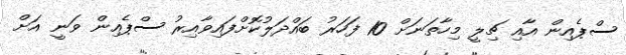
ސްޕެއިން އާއި ޗިލީ މިހާތަނަށް 10 ފަހަރު ބައްދަލުކޮށްފައިވާއިރު ސްޕެއިން ވަނީ އަށް